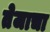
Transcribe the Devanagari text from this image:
तेजाचा